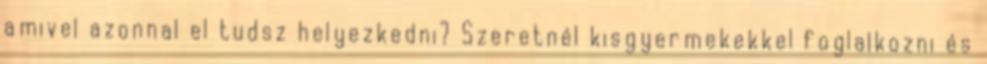
amivel azonnal el tudsz helyezkedni? Szeretnél kisgyermekekkel foglalkozni és